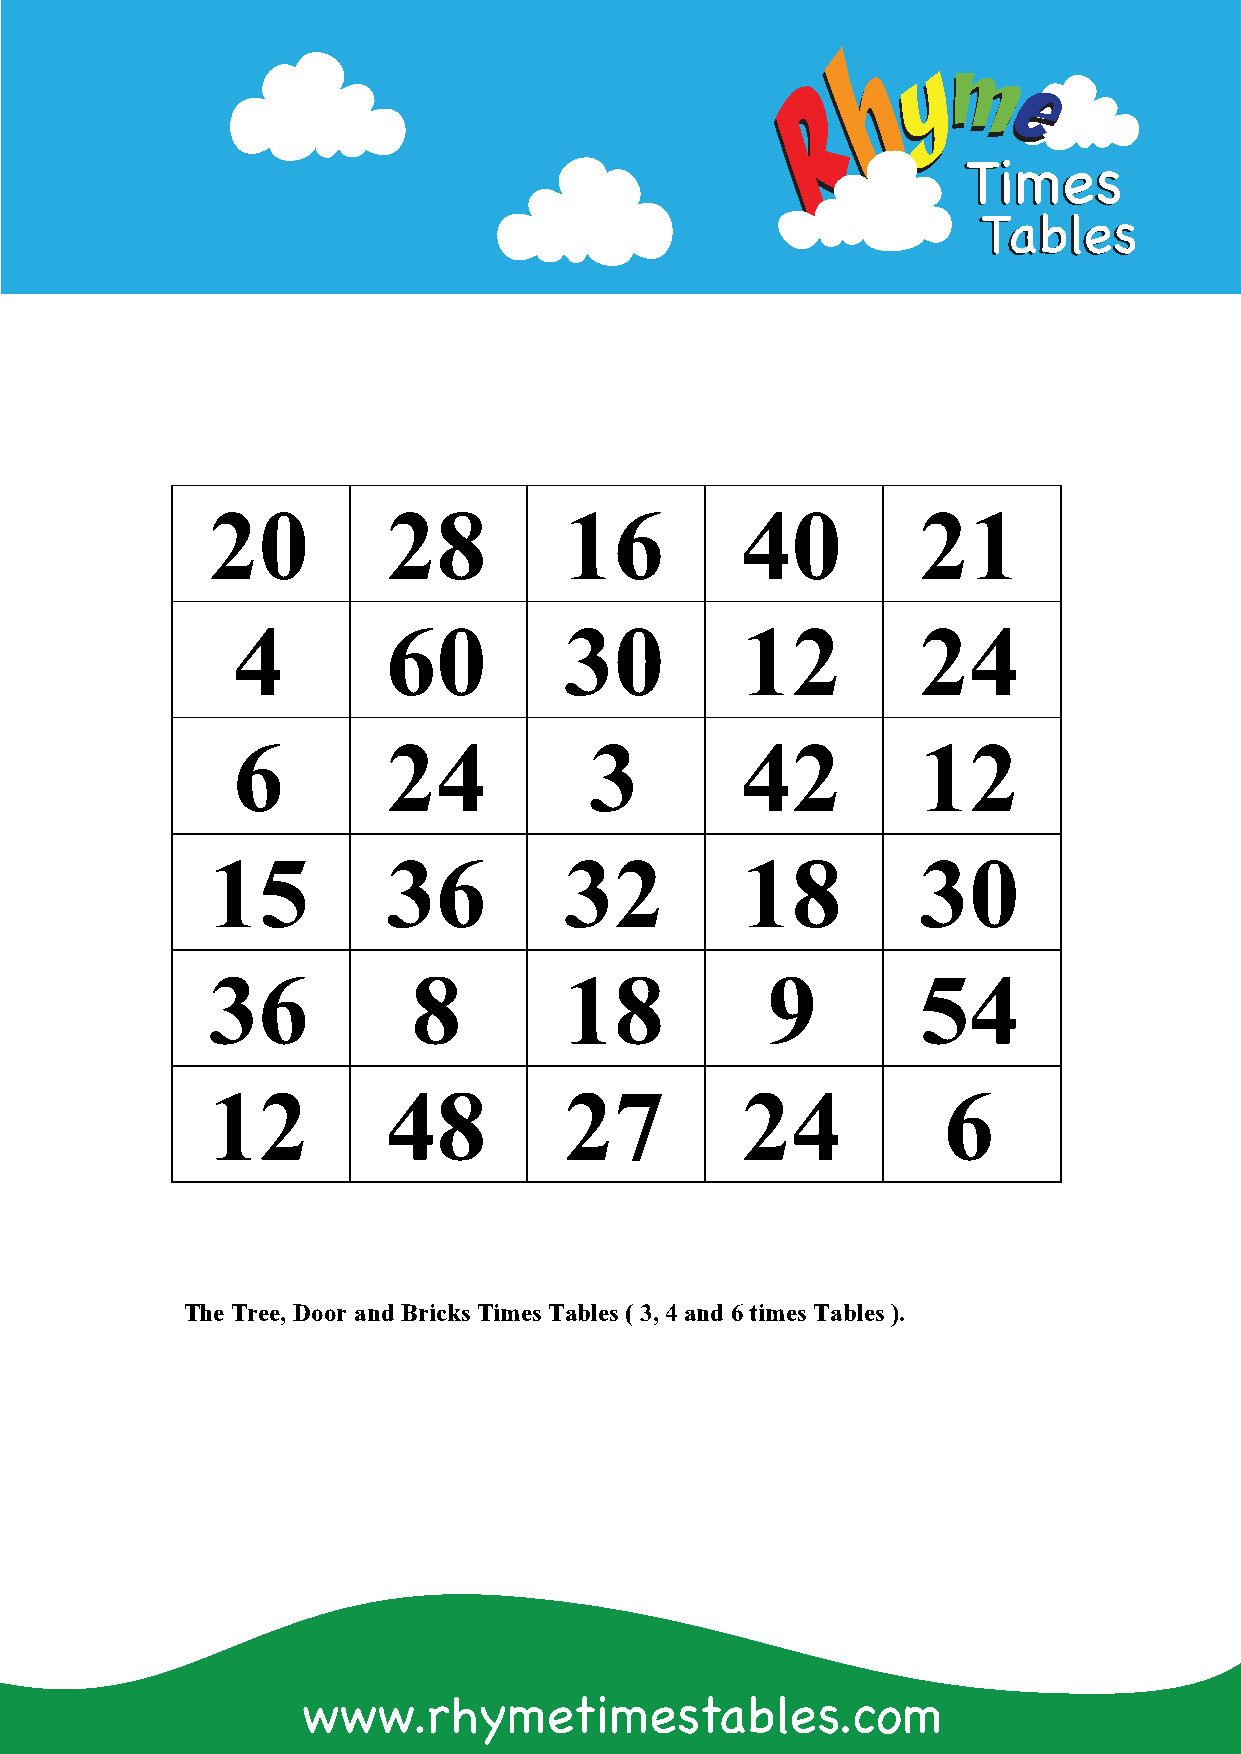
TTiimmeess
 TTaabblleess
 20          28         16          40          21
 4          60         30          12          24
 6          24           3         42          12
 15          36         32          18          30
 36           8         18            9         54
 12          48         27          24           6
 The Tree, Door and Bricks Times Tables (3, 4 and 6 times Tables ).
 www.rhymetimestables.com